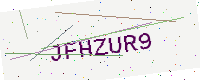
Text: JFHZUR9